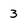
Character: 3